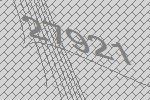
27921